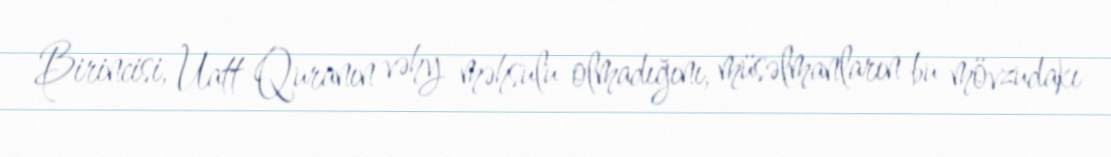
Birincisi, Uatt Quranın vəhy məhsulu olmadığını, müsəlmanların bu mövzudakı